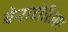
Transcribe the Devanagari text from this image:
वेनाटोरिअम